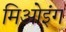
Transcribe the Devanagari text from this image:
मिओइंग